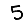
Digit: 5